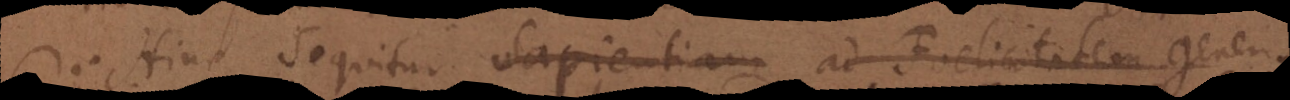
Hinc sequitur Sapientiam ad Foelicitatem gene